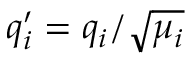
q _ { i } ^ { \prime } = q _ { i } / \sqrt { \mu _ { i } }